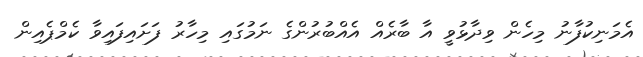
އެމަނިކުފާނު މިހެން ވިދާޅުވީ އާ ބާރެއް އެއްބުރުންގެ ނަމުގައި މިހާރު ފަށައިފައިވާ ކެމްޕެއިން